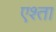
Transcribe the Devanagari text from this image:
एश्ता